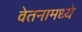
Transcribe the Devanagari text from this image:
वेतनामध्ये